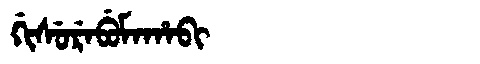
Manchu: ᡤᡳᠰᡠᡵᡝᠪᡠᠮᠠᡥᠠᠪᡳ
Romanization: GISUREBUMAHABI